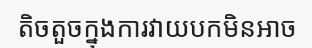
តិចតួចក្នុងការវាយបកមិនអាច